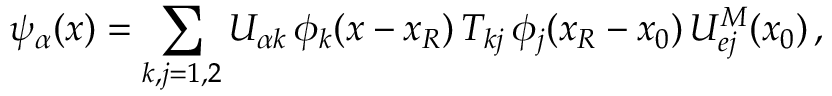
\psi _ { \alpha } ( x ) = \sum _ { k , j = 1 , 2 } U _ { { \alpha } k } \, \phi _ { k } ( x - x _ { R } ) \, T _ { k j } \, \phi _ { j } ( x _ { R } - x _ { 0 } ) \, U _ { e j } ^ { M } ( x _ { 0 } ) \, ,